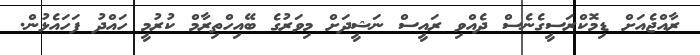
ރާއްޖެއަށް ޑިމޮކްރަސީގެނެސް ދެއްވި ރައީސް ނަޝީދަށް މިވަރުގެ ބޭއިހްތިރާމް ކުރުމީ ހައްދު ފަހައެޅުން.